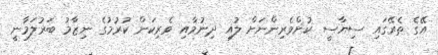
އޭގެ ތެރޭގައި ސިޔާސީ ކުށްވެރިންނަށް ލުއި ދިނުމާއި ވެރިކަން ކުރުމުގެ ނިޒާމު ބަރުލަމާނީ